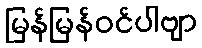
မြန်မြန်ဝင်ပါဗျာ